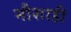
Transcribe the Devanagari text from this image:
नौशाही